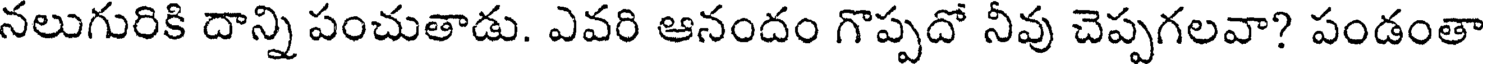
నలుగురికి దాన్ని పంచుతాడు. ఎవరి ఆనందం గొప్పదో నీవు చెప్పగలవా? పండంతా